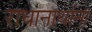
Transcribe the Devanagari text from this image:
राधानाथांना